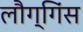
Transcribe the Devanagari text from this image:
लौग्गिंस